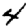
Digit: 4